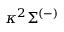
\kappa ^ { 2 } \Sigma ^ { ( - ) }